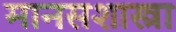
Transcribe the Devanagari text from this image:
मानसशास्त्रा